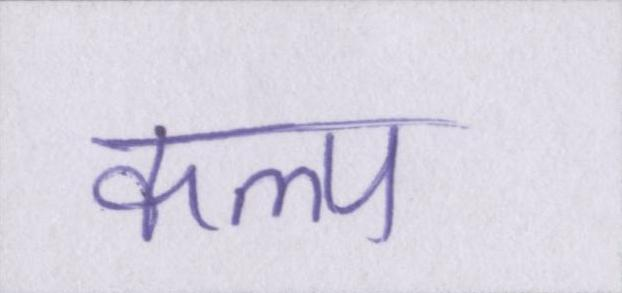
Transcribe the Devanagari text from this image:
कल्प